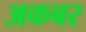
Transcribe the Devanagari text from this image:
अकबर